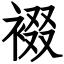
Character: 裰